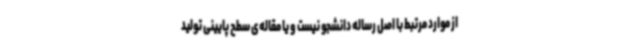
از موارد مرتبط با اصل رساله دانشجو نیست و یا مقاله‌ی سطح پایینی تولید